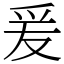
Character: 爰